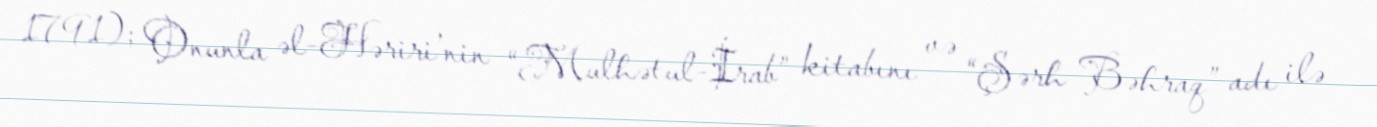
1791); Onunla əl-Həriri’nin “Mulhətul-İrab” kitabını və “Şərh Bəhraq” adı ilə